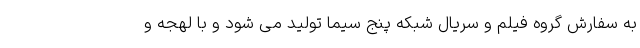
به سفارش گروه فیلم و سریال شبکه پنج سیما تولید می شود و با لهجه و